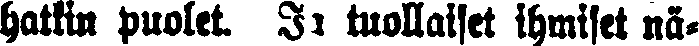
hatkin puolet. Ja tuollaiset ihmiset nä-